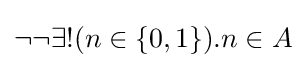
\neg \neg \exists !(n\in \{0,1\}).n\in A